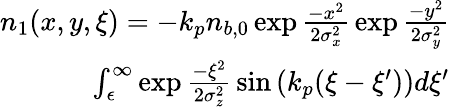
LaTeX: \begin{array}{r}{n_{1}(x,y,\xi)=-k_{p}n_{b,0}\exp{\frac{-x^{2}}{2\sigma_{x}^{2}}}\exp{\frac{-y^{2}}{2\sigma_{y}^{2}}}}\\ {\int_{\epsilon}^{\infty}\exp{\frac{-\xi^{2}}{2\sigma_{z}^{2}}}\sin{\left(k_{p}(\xi-\xi^{\prime})\right)}d\xi^{\prime}}\end{array}